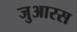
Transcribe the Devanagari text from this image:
जुआरस